Vaccination in Bombay 1874-1876 - 1874-1876
Year: 1874
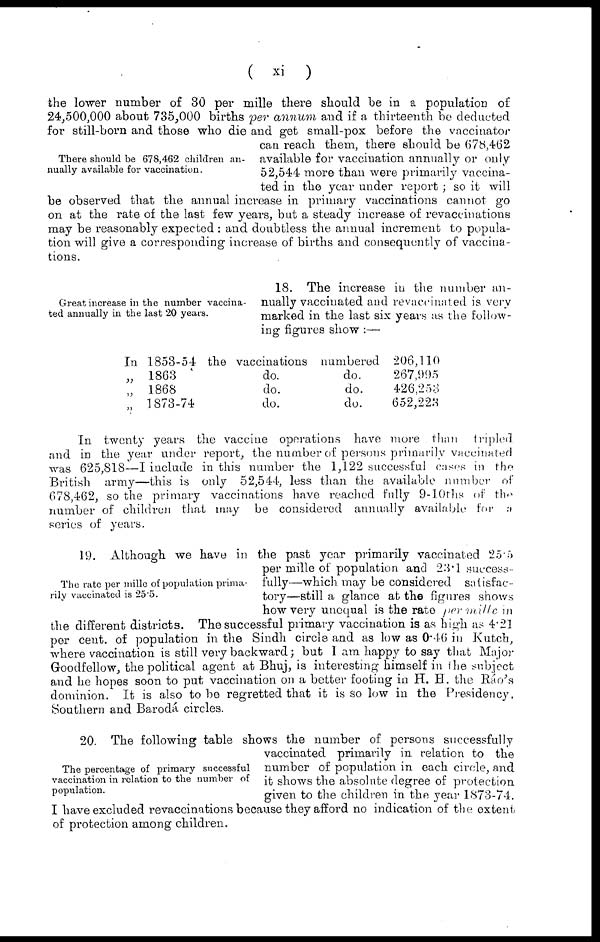
( xi )
There should be 678,462 children an-
nually available for vaccination.
the lower number of 30 per mille there should be in a population of
24,500,000 about 735,000 births per annum and if a thirteenth be deducted
for still-born and those who die and get small-pox before the vaccinator
can reach them, there should be 678,462
available for vaccination annually or only
52,544 more than were primarily vaccina-
ted in the year under report ; so it will
be observed that the annual increase in primary vaccinations cannot go
on at the rate of the last few years, but a steady increase of revaccinations
may be reasonably expected : and doubtless the annual increment to popula-
tion will give a corresponding increase of births and consequently of vaccina-
tions.
Great increase in the number vaccina-
ted annually in the last 20 years.
18. The increase in the number an-
nually vaccinated and revaccinated is very
marked in the last six years as the follow-
ing figures show :—
In 1853-54 the vaccinations numbered
„ 1863
do.
do.
„ 1868
do.
do.
„ 1873-74
do.
do.
206,110
267,995
426,258
652,223
In twenty years the vaccine operations have more than
tripled
and in the year under report, the number of persons primarily vaccinated
was 625,818—I include in this number the 1,122 successful cases in the
British army—this is only 52,544, less than the available number of
678,462, so the primary vaccinations have reached fully 9-10 ths of the
number of children that may be considered annually available for a
series of years.
19. Although we have in the past year primarily vaccinated 25.5
per mille of population and 23.1 success-
fully—which may be considered satisfac-
tory—still a glance at the figures shows
how very unequal is the rate per mille in
the different districts. The successful primary vaccination is as high as 4.21
per cent. of population in the Sindh circle and as low as 0.46 in Kutch,
where vaccination is still very backward; but I am happy to say that Major
Goodfellow, the political agent at Bhuj, is interesting himself in the subject
and he hopes soon to put vaccination on a better footing in H. H. the Ráo's
dominion. It is also to be regretted that it is so low in the Presidency,
Southern and Barodá circles.
The rate per mille of population prima-
rily vaccinated is 25.5.
The percentage of primary successful
vaccination in relation to the number of
population.
20. The following table shows the number of persons successfully
vaccinated primarily in relation to the
number of population in each circle, and
it shows the absolute degree of protection
given to the children in the year 1873-74.
I have excluded revaccinations because they afford no indication of the extent
of protection among children.